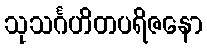
သုသင်္ဂဟိတပရိဇနော